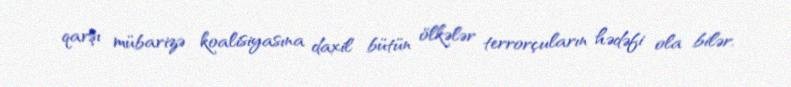
qarşı mübarizə koalisiyasına daxil bütün ölkələr terrorçuların hədəfi ola bilər.